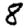
Digit: 8